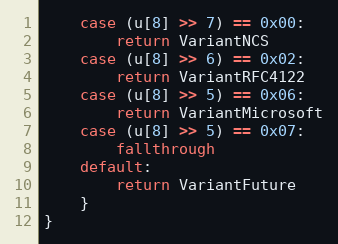
Language: Go
	case (u[8] >> 7) == 0x00:
		return VariantNCS
	case (u[8] >> 6) == 0x02:
		return VariantRFC4122
	case (u[8] >> 5) == 0x06:
		return VariantMicrosoft
	case (u[8] >> 5) == 0x07:
		fallthrough
	default:
		return VariantFuture
	}
}